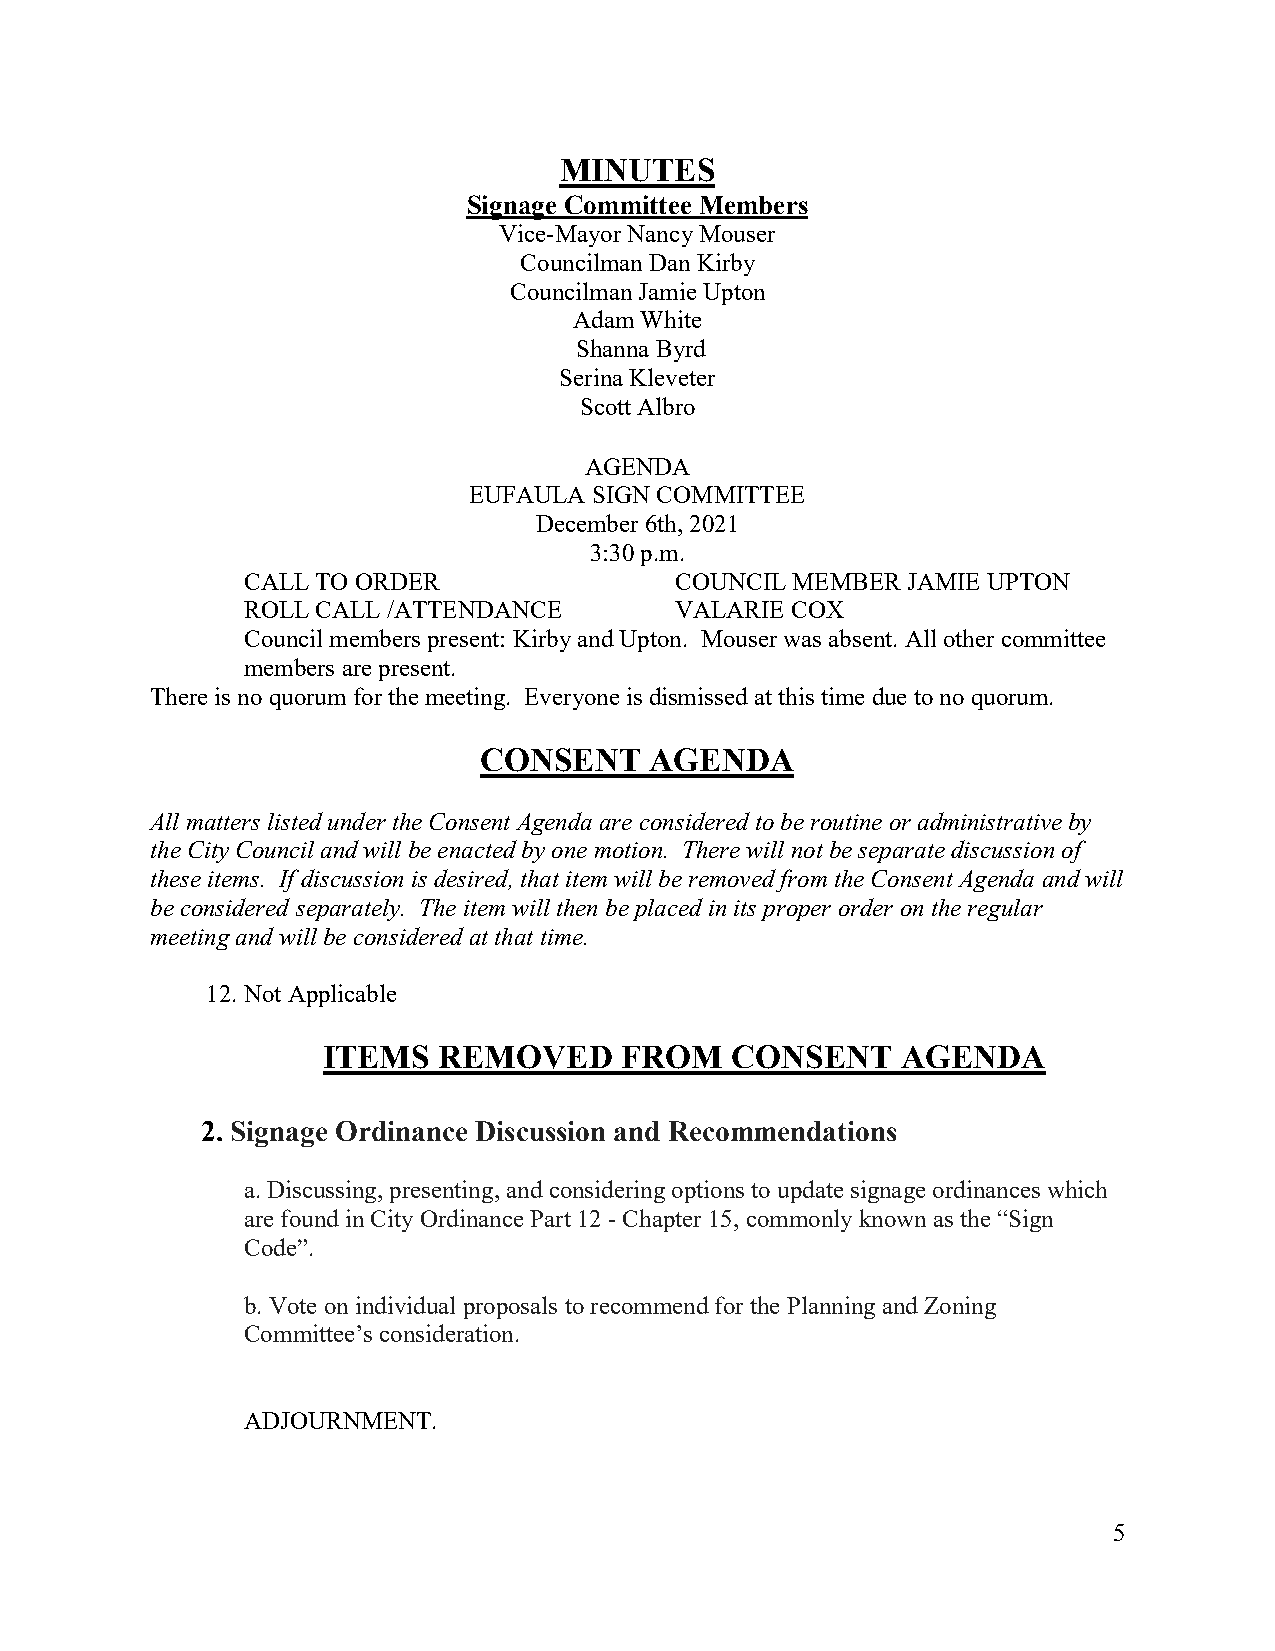
MINUTES
 Signage Committee Members
 Vice-Mayor Nancy Mouser
 Councilman Dan Kirby
 Councilman Jamie Upton
 Adam White
 Shanna Byrd
 Serina Kleveter
 Scott Albro
 AGENDA
 EUFAULA SIGN COMMITTEE
 December 6th, 2021
 3:30 p.m.
 CALL TO ORDER                COUNCIL MEMBER JAMIE UPTON
 ROLL CALL /ATTENDANCE        VALARIE COX
 Council members present: Kirby and Upton. Mouser was absent. All other committee
 members are present.
 There is no quorum for the meeting. Everyone is dismissed at this time due to no quorum.
 CONSENT    AGENDA
 All matters listed under the Consent Agenda are considered to be routine or administrative by
 the City Council and will be enacted by one motion. There will not be separate discussion of
 these items. If discussion is desired, that item will be removed from the Consent Agenda and will
 be considered separately. The item will then be placed in its proper order on the regular
 meeting and will be considered at that time.
 12. Not Applicable
 ITEMS   REMOVED     FROM   CONSENT     AGENDA
 2. Signage Ordinance Discussion and Recommendations
 a. Discussing, presenting, and considering options to update signage ordinances which
 are found in City Ordinance Part 12 - Chapter 15, commonly known as the “Sign
 Code”.
 b. Vote on individual proposals to recommend for the Planning and Zoning
 Committee’s consideration.
 ADJOURNMENT.
 5